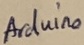
Text: Arduono